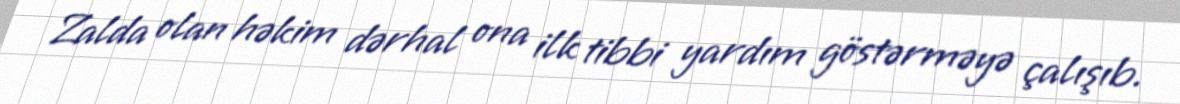
Zalda olan həkim dərhal ona ilk tibbi yardım göstərməyə çalışıb.